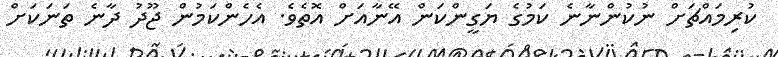
ކުރިމައްޗަށް ނުކުންނާނެ ކަމުގެ ޔަގީންކަން އޭނާއަށް އޮތެވެ. އެހެންކަމުން ޖޫދު ދާނެ ތަނަކަށް